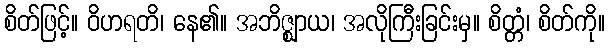
စိတ်ဖြင့်။ ဝိဟရတိ၊ နေ၏။ အဘိဇ္ဈာယ၊ အလိုကြီးခြင်းမှ။ စိတ္တံ၊ စိတ်ကို။